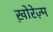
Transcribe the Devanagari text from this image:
ख़ोरेज़्म